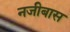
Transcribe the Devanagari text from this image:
नजीबास